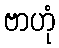
ဗာဟုံ